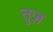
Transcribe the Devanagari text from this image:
तुज़